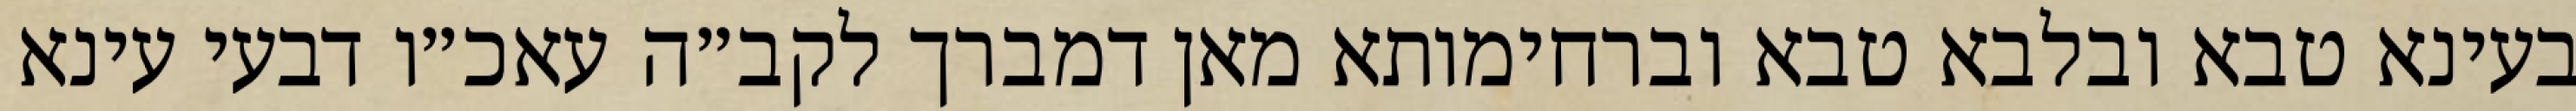
בעינא טבא ובלבא טבא וברחימותא מאן דמברך לקב״ה עאכ״ו דבעי עינא